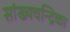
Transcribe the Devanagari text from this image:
सांख्‍यचन्द्रिका